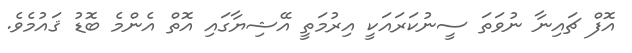
އޮފް ޗައިނާ ނުވަތަ ސީނުކަރައަކީ އިރުމަތީ އޭޝިޔާގައި އޮތް އެންމެ ބޮޑު ޤައުމެވެ.